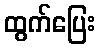
ထွက်ပြေး